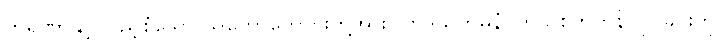
ကရုဏာနှင့် ပြည့်စုံသော သူတော်ကောင်းတို့အား။ ဟဒယကမ္ပနံ၊ ကိုယ်စိတ်တုန်လှုပ်ခြင်းကို။